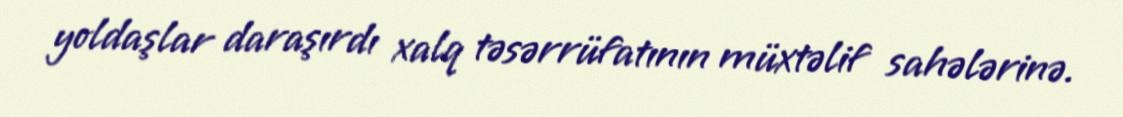
yoldaşlar daraşırdı xalq təsərrüfatının müxtəlif sahələrinə.